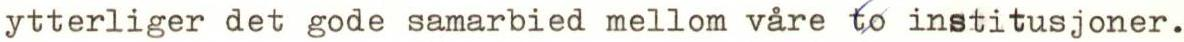
ytterliger det gode samarbied mellom våre to institusjoner.